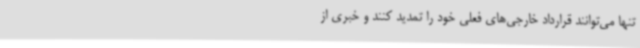
تنها می‌توانند قرارداد خارجی‌های فعلی خود را تمدید کنند و خبری از